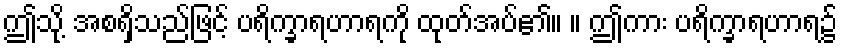
ဤသို့ အစရှိသည်ဖြင့် ပရိက္ခာရဟာရကို ထုတ်အပ်၏။ ။ ဤကား ပရိက္ခာရဟာရ၌